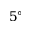
5 ^ { \circ }